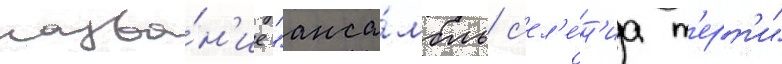
назва́н'ие "анса́мбль с'ел'е́н'иа т'ерт'и"